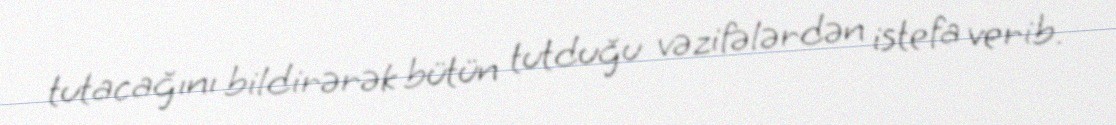
tutacağını bildirərək bütün tutduğu vəzifələrdən istefa verib.